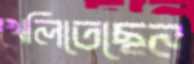
খেলিতেছেন